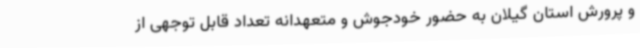
و پرورش استان گیلان به حضور خودجوش و متعهدانه تعداد قابل توجهی از